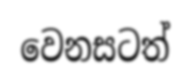
වෙනසටත්